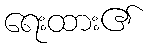
ရေးထား၏